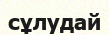
сұлудай